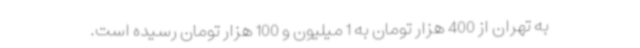
به تهران از 400 هزار تومان به 1 میلیون و 100 هزار تومان رسیده است.